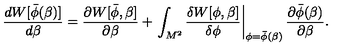
{ \frac { d W [ \bar { \phi } ( \beta ) ] } { d \beta } } = { \frac { \partial W [ \bar { \phi } , \beta ] } { \partial \beta } } + \left. \int _ { M ^ { 2 } } { \frac { \delta W [ \phi , \beta ] } { \delta \phi } } \right| _ { \phi = \bar { \phi } ( \beta ) } { \frac { \partial \bar { \phi } ( \beta ) } { \partial \beta } } .